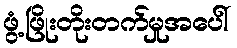
ဖွံ့ဖြိုးတိုးတက်မှုအပေါ်